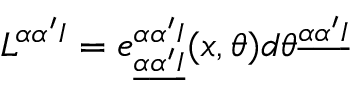
L ^ { \alpha \alpha ^ { \prime } I } = e _ { \underline { { \alpha } } \underline { { { \alpha ^ { \prime } } } } \underline { { I } } } ^ { \alpha \alpha ^ { \prime } I } ( x , \theta ) d \theta ^ { \underline { { \alpha } } \underline { { { \alpha ^ { \prime } } } } \underline { { I } } }